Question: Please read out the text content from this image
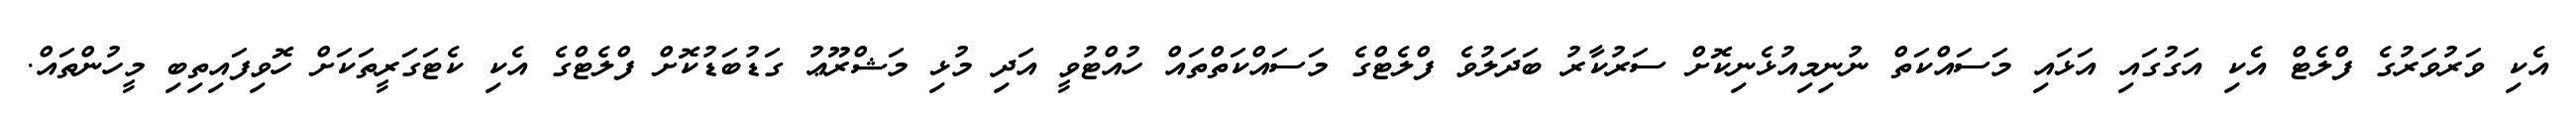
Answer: އެކި ވަރުވަރުގެ ފްލެޓް އެކި އަގުގައި އަޅައި މަސައްކަތް ނުނިމިއުޅެނިކޮށް ސަރުކާރު ބަދަލުވެ ފްލެޓްގެ މަސައްކަތްތައް ހުއްޓުވީ އަދި މުޅި މަޝްރޫޢު ގަޑުބަޑުކޮށް ފްލެޓްގެ އެކި ކެޓަގަރީތަކަށް ހޮވިފައިތިބި މީހުންތައް.